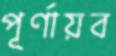
পূর্ণায়ব